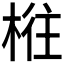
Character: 𰗴